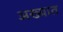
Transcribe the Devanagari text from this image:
अख्यात